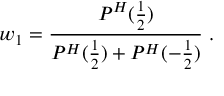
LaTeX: w _ { 1 } = { \frac { P ^ { H } ( { \frac { 1 } { 2 } } ) } { P ^ { H } ( { \frac { 1 } { 2 } } ) + P ^ { H } ( - { \frac { 1 } { 2 } } ) } } \; .